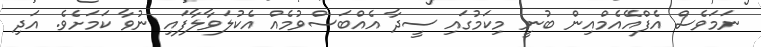
ނަމަވެސް އެފްއޭއެމްއިން ބުނީ މިކަމުގައި ސީދާ އެއްބަސްވުމެއް އެކުލަވާލާފައި ނުވާ ކަމަށެވެ. އަދި